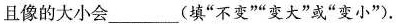
且像的大小会___(填”不变””变大”或”变小”).